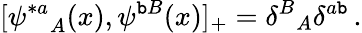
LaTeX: [{\psi^{*a}}_{A}(x),\psi^{\mathtt{b}B}(x)]_{+}={\delta^{B}}_{A}\delta^{a\mathtt{b}}\, .